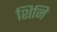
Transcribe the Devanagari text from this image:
शिनि